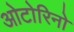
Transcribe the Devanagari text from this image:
ओटोरिनो